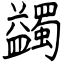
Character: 蠲